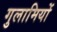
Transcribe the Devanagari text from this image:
गुलामियों